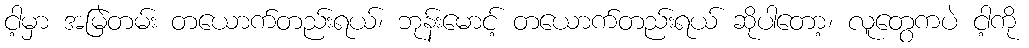
ငါ့မှာ အမြဲတမ်း တယောက်တည်းရယ်၊ ဘုန်းမောင့် တယောက်တည်းရယ် ဆိုပါတော့၊ လူတွေကပဲ ငါ့ကို